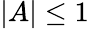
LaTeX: |A|\leq 1